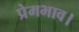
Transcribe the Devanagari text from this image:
प्रेमभाव।